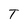
Character: T